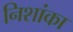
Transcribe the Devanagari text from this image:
निशांका